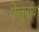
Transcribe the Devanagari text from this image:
फेलूनाथ